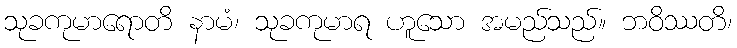
သုခကုမာရောတိ နာမံ၊ သုခကုမာရ ဟူသော အမည်သည်။ ဘဝိဿတိ၊